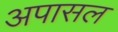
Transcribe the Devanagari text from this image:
अपासल